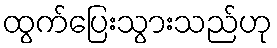
ထွက်ပြေးသွားသည်ဟု